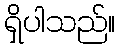
ရှိပါသည်။